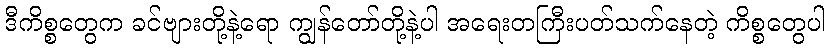
ဒီကိစ္စတွေက ခင်ဗျားတို့နဲ့ရော ကျွန်တော်တို့နဲ့ပါ အရေးတကြီးပတ်သက်နေတဲ့ ကိစ္စတွေပါ